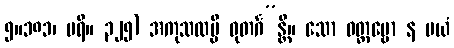
၅။၁၈၁၊ ပရိ။ ၃၂၅) အကုသလမ္ပိ ဓုတင်္ဂ”န္တိ။ သော ဝတ္တဗ္ဗော န မယံ